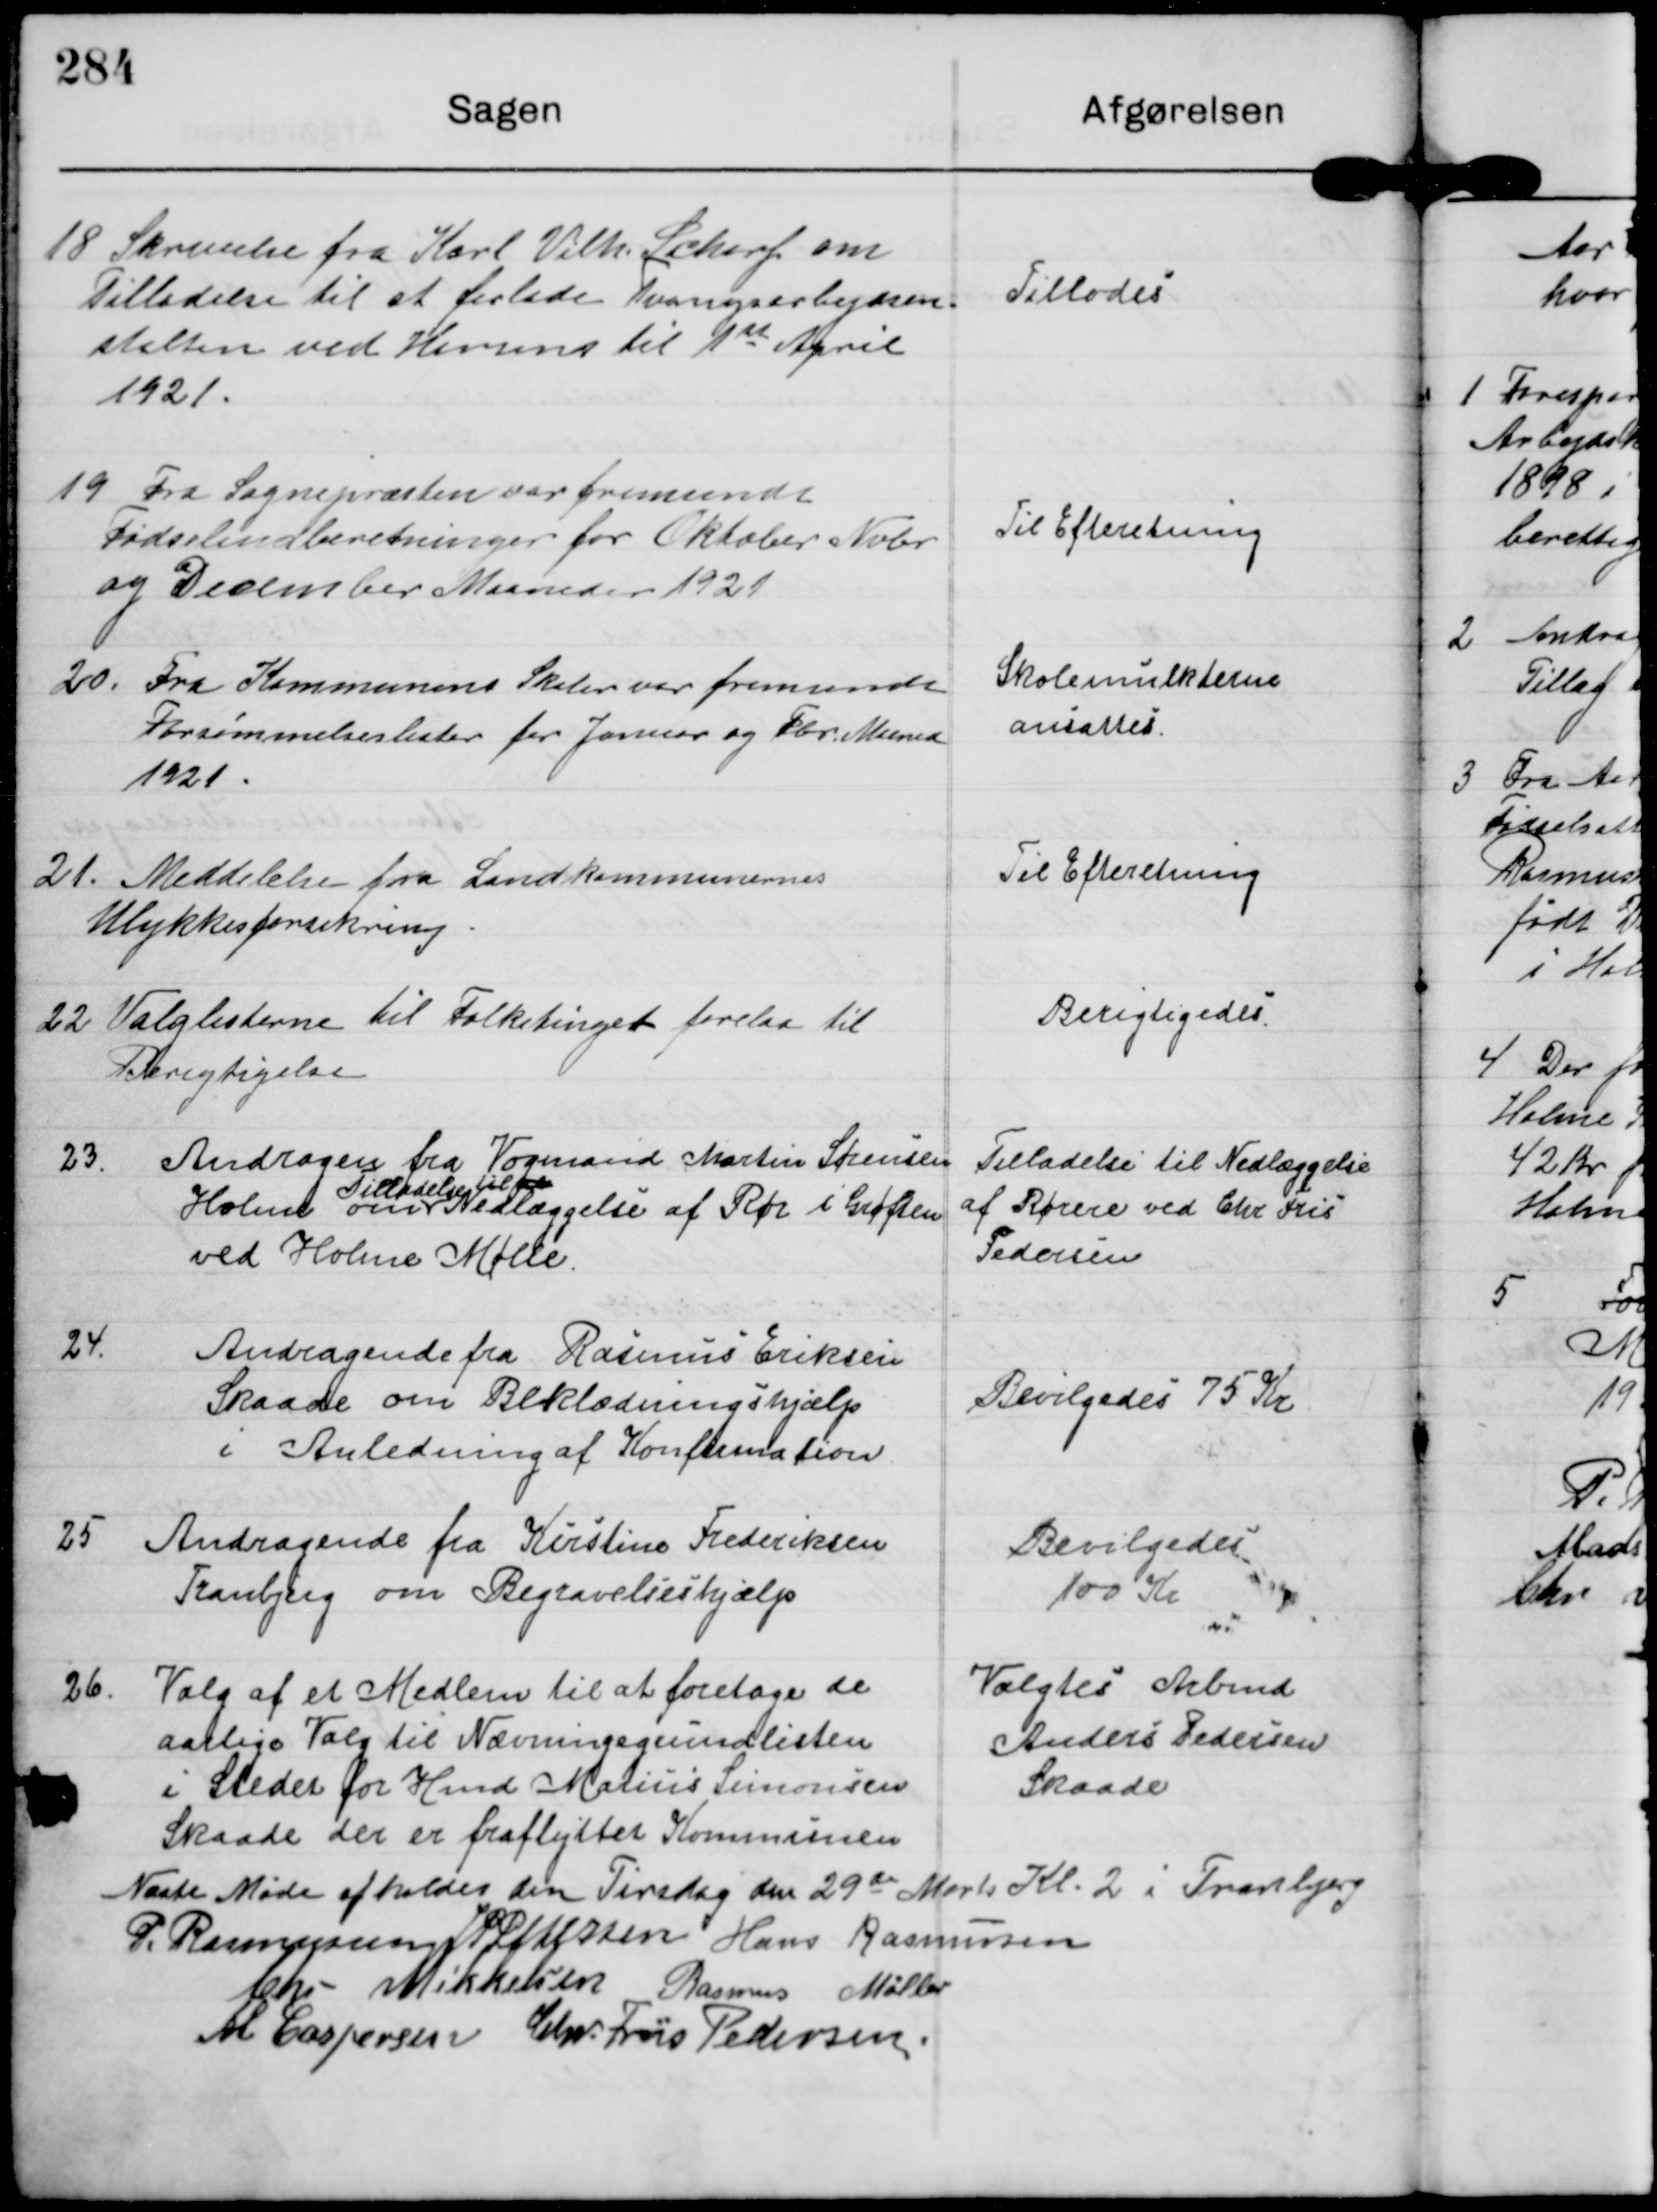
Transskription:
18

Skrivelse fra Karl Vilh. Scharf om
Tilladelse til at forlade Tvangsarbejdsan-
stalten ved Horsens til 1st April
1921

Tillodes

19

Fra Sognepræsten var fremsendt
Fødselindberetninger for Oktober Nvbr
og Desember Maaneder 1921

Til Efteretning.

20.

Fra Kommunens Skoler ver fremsendt
Forsømmelseslister for Januar og Fbr Maaned
1921.

Skolemulkterne
ansattes

21

Meddelelse fra Landkommunernes
Ulykkesforsikring

Til Efteretning

22

Valglisterne til Folketinget forelaa til
Berigtigelse

Berigtigedes.

23.

Andragen fra Vogmand Martin Sørensen
Holme om 
Tilladelse til at
Nedlæggelse af Rør i Grøften
ved Holme Mølle.

Tilladelse til Nedlæggelse
af Rørere ved Chr Fris
Pedersen

24

Andragende fra Rasmus Eriksen
Skaade om Beklædningshjælp
i Anledning af Konfirmation

Bevilgedes 75 Kr

25

Andragende fra Kirstine Frederiksen
Tranbjerg om Begravelseshjælp

Bevilgedes
100 Kr

26.

Valg af et Medlem til at foretage de
aarlige Valg til Nævningegrundlisten
i Stedet for Hmd Marius Simonsen
Skaade der er fraflyttet Kommunen

Valgtes Arbmd
Anders Pedersen
Skaade

Næste Møde afholdes den Tirsdag den 29de Marts Kl 2 i Tranbjerg

P. Rasmussen J P Pedersen Hans Rasmussen
Chr Mikkelsen Rasmus Møller
M Caspersen Chr. Friis Pedersen